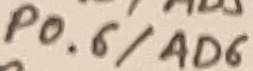
Text: P0.6/AD6